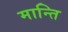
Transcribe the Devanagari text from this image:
मान्ति